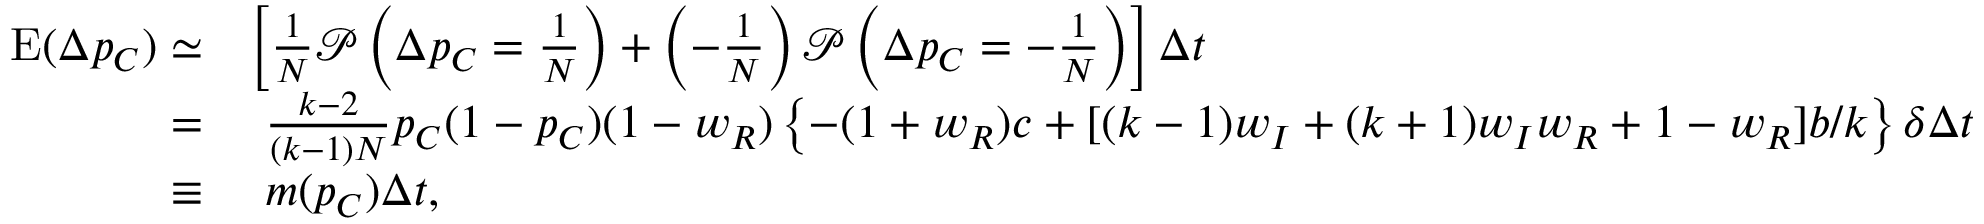
\begin{array} { r l } { \mathrm { E } ( \Delta p _ { C } ) \simeq } & { \left[ \frac { 1 } { N } \mathcal { P } \left( \Delta p _ { C } = \frac { 1 } { N } \right) + \left( - \frac { 1 } { N } \right) \mathcal { P } \left( \Delta p _ { C } = - \frac { 1 } { N } \right) \right] \Delta t } \\ { = } & { ~ \frac { k - 2 } { ( k - 1 ) N } p _ { C } ( 1 - p _ { C } ) ( 1 - w _ { R } ) \left\{ - ( 1 + w _ { R } ) c + [ ( k - 1 ) w _ { I } + ( k + 1 ) w _ { I } w _ { R } + 1 - w _ { R } ] b / k \right\} \delta \Delta t } \\ { \equiv } & { ~ m ( p _ { C } ) \Delta t , } \end{array}